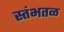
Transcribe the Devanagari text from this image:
स्तंभतळ